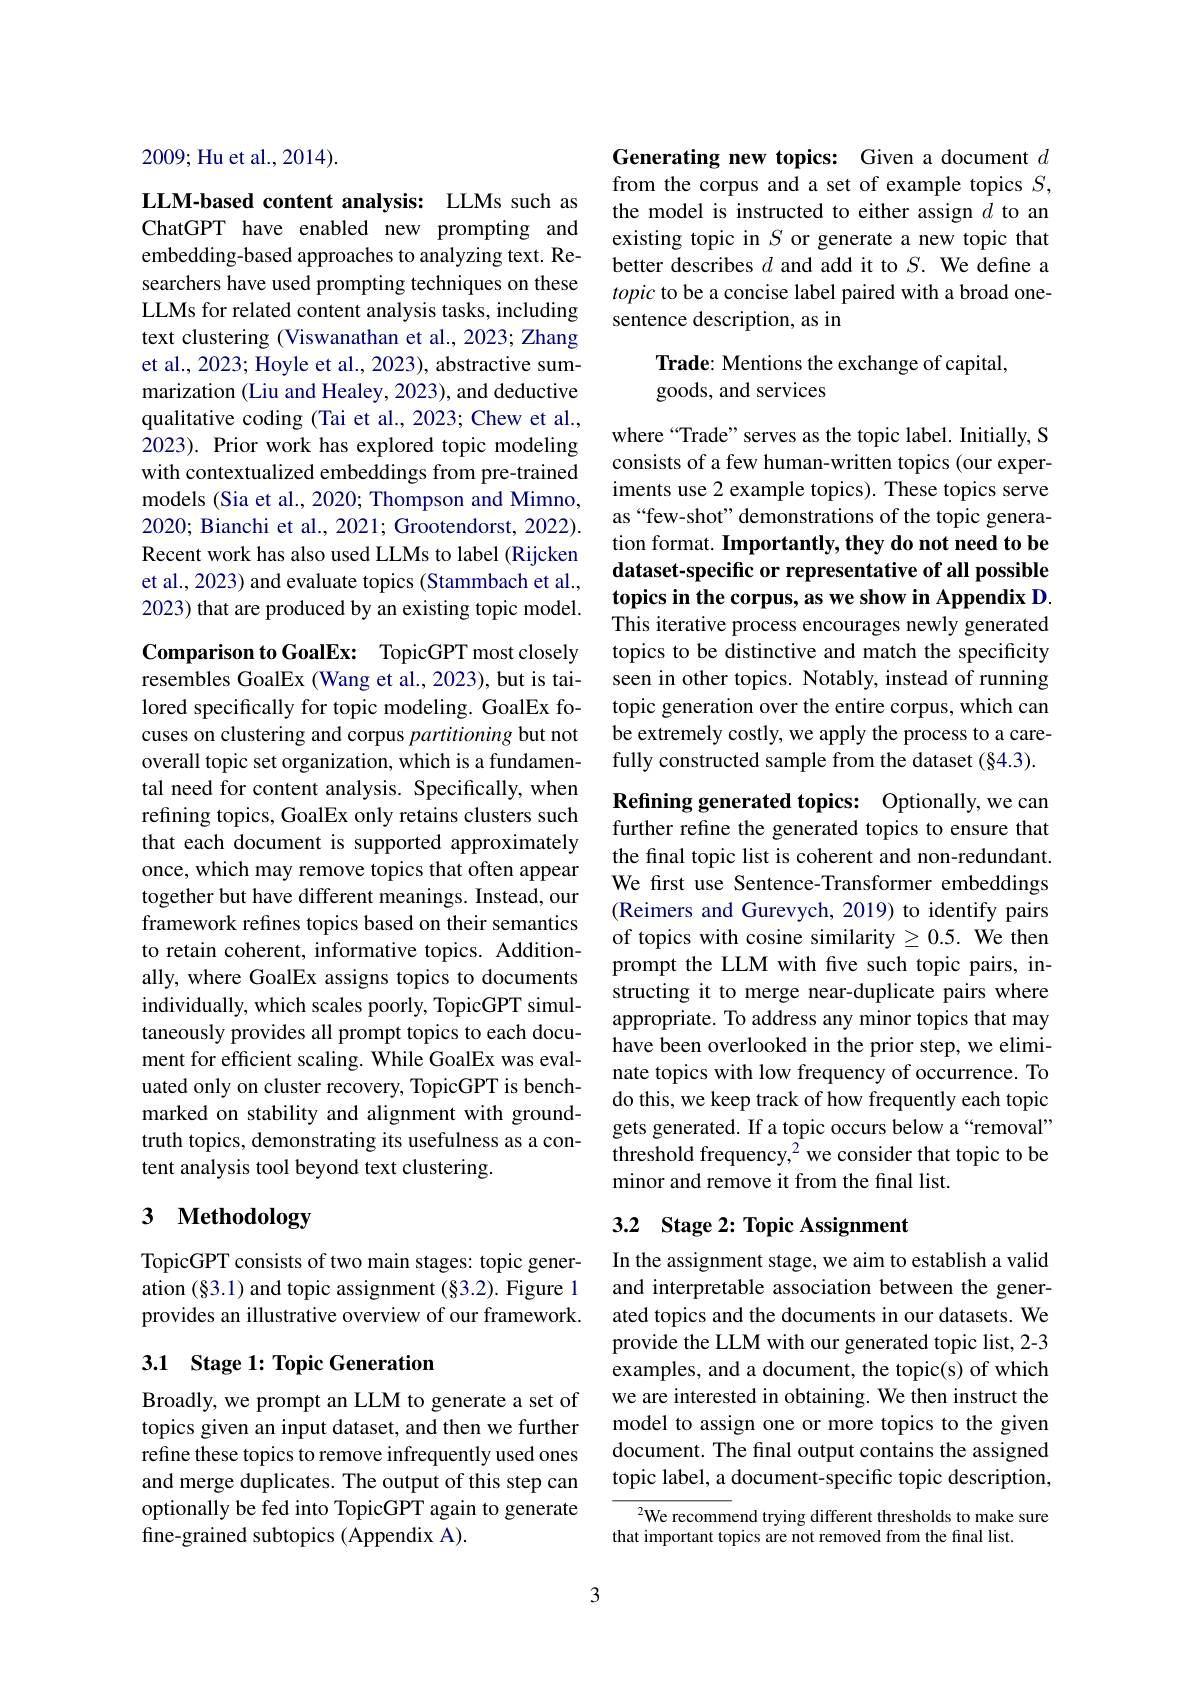
2009; Hu et al., 2014).

LLM-based content analysis: LLMs such as ChatGPT have enabled new prompting and embedding-based approaches to analyzing text. Researchers have used prompting techniques on these LLMs for related content analysis tasks, including text clustering (Viswanathan et al.,2023; Zhang et al., 2023; Hoyle et al., 2023), abstractive summarization (Liu and Healey, 2023), and deductive qualitative coding (Tai et al., 2023; Chew et al., 2023). Prior work has explored topic modeling with contextualized embeddings from pre-trained models (Sia et al., 2020; Thompson and Mimno, 2020; Bianchi et al., 2021; Grootendorst, 2022). Recent work has also used LLMs to label (Rijcken et al., 2023) and evaluate topics (Stammbach et al., 2023) that are produced by an existing topic model.

Comparison to GoalEx: TopicGPT most closely resembles GoalEx (Wang et al., 2023), but is tailored specifically for topic modeling. GoalEx focuses on clustering and corpus partitioning but not overall topic set organization, which is a fundamental need for content analysis. Specifically, when refining topics, GoalEx only retains clusters such that each document is supported approximately once, which may remove topics that often appear together but have different meanings. Instead, our framework refines topics based on their semantics to retain coherent, informative topics. Additionally, where GoalEx assigns topics to documents individually, which scales poorly, TopicGPT simultaneously provides all prompt topics to each document for efficient scaling. While GoalEx was evaluated only on cluster recovery, TopicGPT is benchmarked on stability and alignment with groundtruth topics, demonstrating its usefulness as a content analysis tool beyond text clustering.

## 3 $\textbf{Methodology}$

TopicGPT consists of two main stages: topic generation $(\S3.1)$ and topic assignment $(\S3.2).$ Figure 1 provides an illustrative overview of our framework.

## 3.1 Stage 1: Topic Generation

Broadly, we prompt an LLM to generate a set of topics given an input dataset, and then we further refine these topics to remove infrequently used ones and merge duplicates. The output of this step can optionally be fed into TopicGPT again to generate fine-grained subtopics (Appendix A).

3

Generating new topics: Given a document $d$ from the corpus and a set of example topics $S$, the model is instructed to either assign $d$ to an existing topic in $S$ or generate a new topic that better describes $d$ and add it to $S.$ We define a topic to be a concise label paired with a broad onesentence description, as in

Trade: Mentions the exchange of capital,
goods, and services

where“Trade”serves as the topic label. Initially, S consists of a few human-written topics (our experiments use 2 example topics). These topics serve as“few-shot” demonstrations of the topic generation format. Importantly, they do not need to be dataset-specific or representative of all possible topics in the corpus, as we show in Appendix D This iterative process encourages newly generated topics to be distinctive and match the specificity seen in other topics. Notably, instead of running topic generation over the entire corpus, which can be extremely costly, we apply the process to a carefully constructed sample from the dataset (§4.3).

Refining generated topics: Optionally, we can further refine the generated topics to ensure that the final topic list is coherent and non-redundant. We first use Sentence-Transformer embeddings (Reimers and Gurevych, 2019) to identify pairs of topics with cosine similarity $\geq0.5.$ We then prompt the LLM with five such topic pairs, instructing it to merge near-duplicate pairs where appropriate. To address any minor topics that may have been overlooked in the prior step, we eliminate topics with low frequency of occurrence. To do this, we keep track of how frequently each topic gets generated. If a topic occurs below a“removal” threshold frequency,$^2$ we consider that topic to be minor and remove it from the final list.

## 3.2 Stage 2: Topic Assignment

In the assignment stage, we aim to establish a valid and interpretable association between the generated topics and the documents in our datasets. We provide the LLM with our generated topic list, 2-3 examples, and a document, the topic(s) of which we are interested in obtaining. We then instruct the model to assign one or more topics to the given document. The final output contains the assigned topic label, a document-specific topic description,

$^{2}$We recommend trying different thresholds to make sure
that important topics are not removed from the final list.